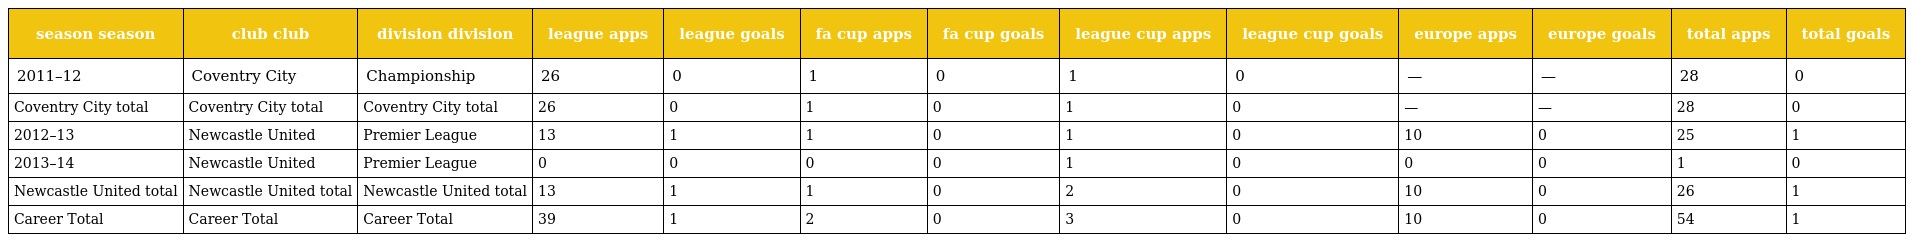
| season season | club club | division division | league apps | league goals | fa cup apps | fa cup goals | league cup apps | league cup goals | europe apps | europe goals | total apps | total goals |
 | --- | --- | --- | --- | --- | --- | --- | --- | --- | --- | --- | --- | --- |
 | 2011–12 | Coventry City | Championship | 26 | 0 | 1 | 0 | 1 | 0 | — | — | 28 | 0 |
 | Coventry City total | Coventry City total | Coventry City total | 26 | 0 | 1 | 0 | 1 | 0 | — | — | 28 | 0 |
 | 2012–13 | Newcastle United | Premier League | 13 | 1 | 1 | 0 | 1 | 0 | 10 | 0 | 25 | 1 |
 | 2013–14 | Newcastle United | Premier League | 0 | 0 | 0 | 0 | 1 | 0 | 0 | 0 | 1 | 0 |
 | Newcastle United total | Newcastle United total | Newcastle United total | 13 | 1 | 1 | 0 | 2 | 0 | 10 | 0 | 26 | 1 |
 | Career Total | Career Total | Career Total | 39 | 1 | 2 | 0 | 3 | 0 | 10 | 0 | 54 | 1 |